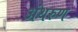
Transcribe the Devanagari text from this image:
अंथरुण